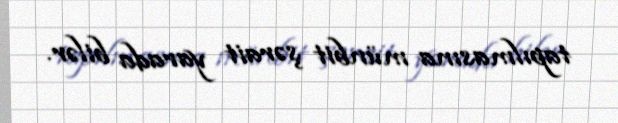
tapılmasına münbit şərait yarada bilər.